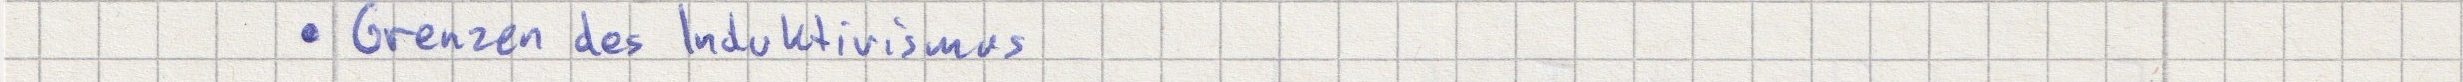
- Grenzen des Induktivismus